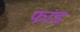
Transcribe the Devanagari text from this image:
फांड